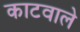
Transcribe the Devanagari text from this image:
काटवाले